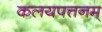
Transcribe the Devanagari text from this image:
कलयपत्तनम्